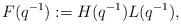
LaTeX: \begin{align*}F(q^{-1}) := H(q^{-1})L(q^{-1}),\end{align*}